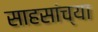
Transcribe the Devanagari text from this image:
साहसांच्या